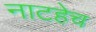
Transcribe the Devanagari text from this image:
नाटहेच